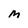
Character: M